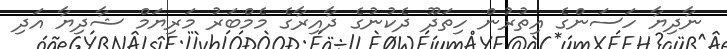
ނާދިޔާ ހަސަންގެ އިތުރުން ހިތަދޫ ދެކުނުގެ ދާއިރާގެ މެމްބަރު މަރިޔަމް ޝާދިޔާ އަދި